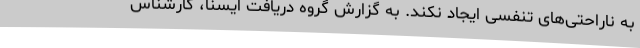
به ناراحتی‌های تنفسی ایجاد نکند. به گزارش گروه دریافت ایسنا، کارشناس